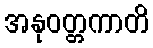
အနုဝတ္တကာတိ